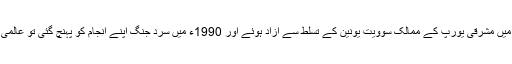
ستم ظریفی یہ ہوئی کہ جب 1989-91ء میں مشرقی یورپ کے ممالک سوویت یونین کے تسلط سے آزاد ہوئے اور 1990ء میں سرد جنگ اپنے انجام کو پہنچ گئی تو عالمی نظام کا توازن امریکہ کے حق میں ہو گیا۔